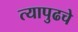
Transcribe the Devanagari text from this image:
त्यापुढचे